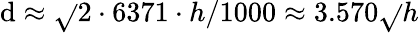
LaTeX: \mathrm{d}\approx{\sqrt{}{{2\cdot6371\cdot{h/1000}}}}\approx3.570{\sqrt{}{{h}}}